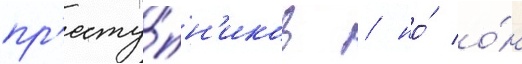
пр'есту́пн'иков / но́ о́н